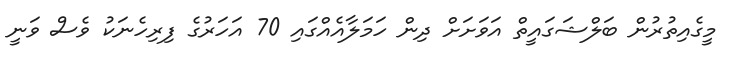
މީގެއިތުރުން ބަލްޝަގައީތް އަވަށަށް ދިން ހަމަލާއެއްގައި 70 އަހަރުގެ ފިރިހެނަކު ވެސް ވަނީ